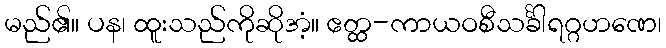
မည်၏။ ပန၊ ထူးသည်ကိုဆိုအံ့။ ဧတ္ထ-ကာယဝစီသင်္ခါရဂ္ဂဟဏေ၊